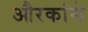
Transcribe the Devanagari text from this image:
औरकांसे